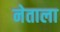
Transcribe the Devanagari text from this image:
नेताला